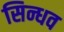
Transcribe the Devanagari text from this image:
सिन्धव